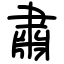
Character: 肅